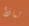
لماذا